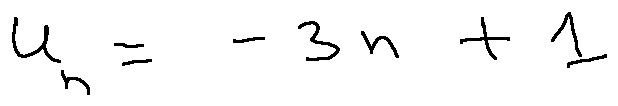
u _ { n } = - 3 n + 1